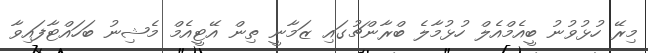
މިރޭ ހުޅުވުނު ބީއެމްއެލް ހުޅުމާލެ ބްރާންޗުގައި ޒަމާނީ ތިން އޭޓީއެމް މެޝިނު ބަހައްޓާފައިވާ